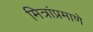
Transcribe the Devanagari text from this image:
मित्रांप्रमाणे